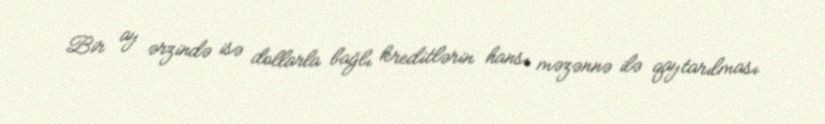
Bir ay ərzində isə dollarla bağlı kreditlərin hansı məzənnə ilə qaytarılması